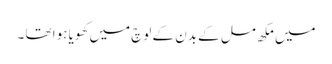
میں مکھ مل کے بدن کے لوچ میں کھویا ہوا تھا ۔